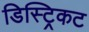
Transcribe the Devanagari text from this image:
डिस्ट्रिकट